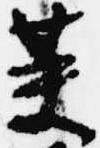
英